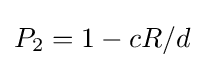
P_{2}=1-cR/d